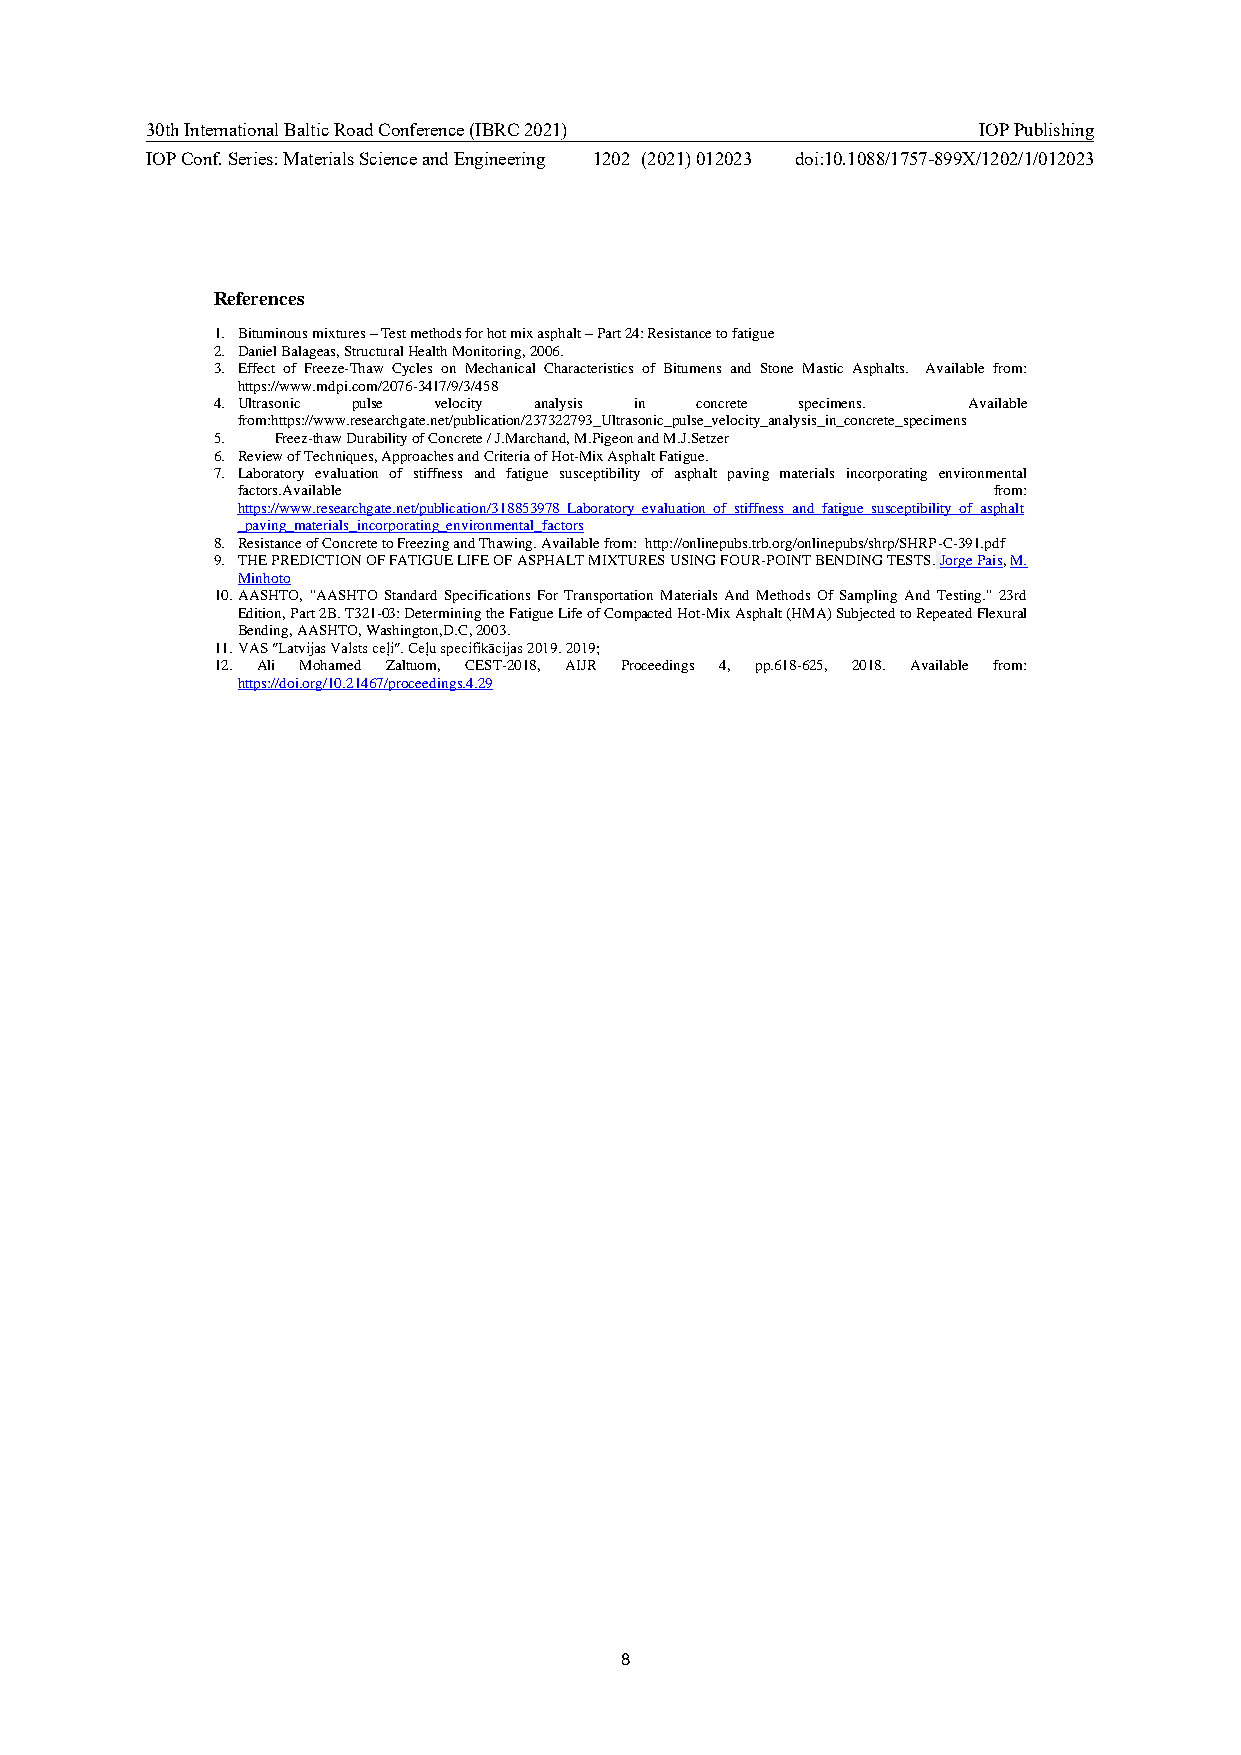
30th International Baltic Road Conference (IBRC 2021)  IOP Publishing
 IOP Conf. Series: Materials Science and Engineering 1202 (2021) 012023 doi:10.1088/1757-899X/1202/1/012023
 References
 1. Bituminous mixtures – Test methods for hot mix asphalt – Part 24: Resistance to fatigue
 2. Daniel Balageas, Structural Health Monitoring, 2006.
 3. Effect of Freeze-Thaw Cycles on Mechanical Characteristics of Bitumens and Stone Mastic Asphalts. Available from:
 https://www.mdpi.com/2076-3417/9/3/458
 4. Ultrasonic pulse velocity analysis in concrete specimens. Available
 from:https://www.researchgate.net/publication/237322793_Ultrasonic_pulse_velocity_analysis_in_concrete_specimens
 5.  Freez-thaw Durability of Concrete / J.Marchand, M.Pigeon and M.J.Setzer
 6. Review of Techniques, Approaches and Criteria of Hot-Mix Asphalt Fatigue.
 7. Laboratory evaluation of stiffness and fatigue susceptibility of asphalt paving materials incorporating environmental
 factors.Available                                 from:
 https://www.researchgate.net/publication/318853978_Laboratory_evaluation_of_stiffness_and_fatigue_susceptibility_of_asphalt
 _paving_materials_incorporating_environmental_factors
 8. Resistance of Concrete to Freezing and Thawing. Available from: http://onlinepubs.trb.org/onlinepubs/shrp/SHRP-C-391.pdf
 9. THE PREDICTION OF FATIGUE LIFE OF ASPHALT MIXTURES USING FOUR-POINT BENDING TESTS. Jorge Pais, M.
 Minhoto
 10. AASHTO, "AASHTO Standard Specifications For Transportation Materials And Methods Of Sampling And Testing." 23rd
 Edition, Part 2B. T321-03: Determining the Fatigue Life of Compacted Hot-Mix Asphalt (HMA) Subjected to Repeated Flexural
 Bending, AASHTO, Washington,D.C, 2003.
 11. VAS ″Latvijas Valsts ceļi″. Ceļu specifikācijas 2019. 2019;
 12. Ali Mohamed Zaltuom, CEST-2018, AIJR Proceedings 4, pp.618-625, 2018. Available from:
 https://doi.org/10.21467/proceedings.4.29
 8